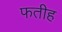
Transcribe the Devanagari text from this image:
फतीह